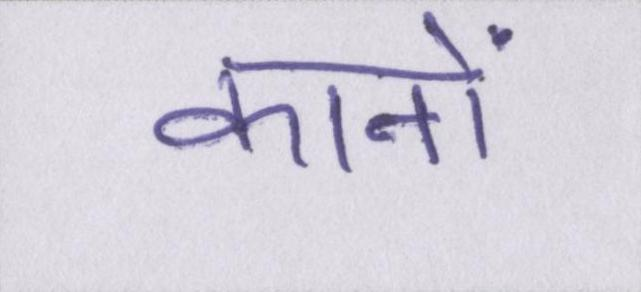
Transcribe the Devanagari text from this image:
कानों